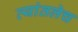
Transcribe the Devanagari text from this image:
त्यांतलेच